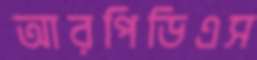
আরপিডিএস